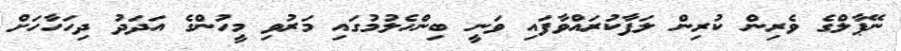
ނޭޕާލްގެ ވެރިން ކުރިން ލަފާކުރައްވާފައި ވަނީ ބިންހެލުމުގައި މަރުވި މީހުންގެ އަދަދު ދިހަހާހަށް